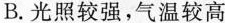
B.光照较强，气温较高